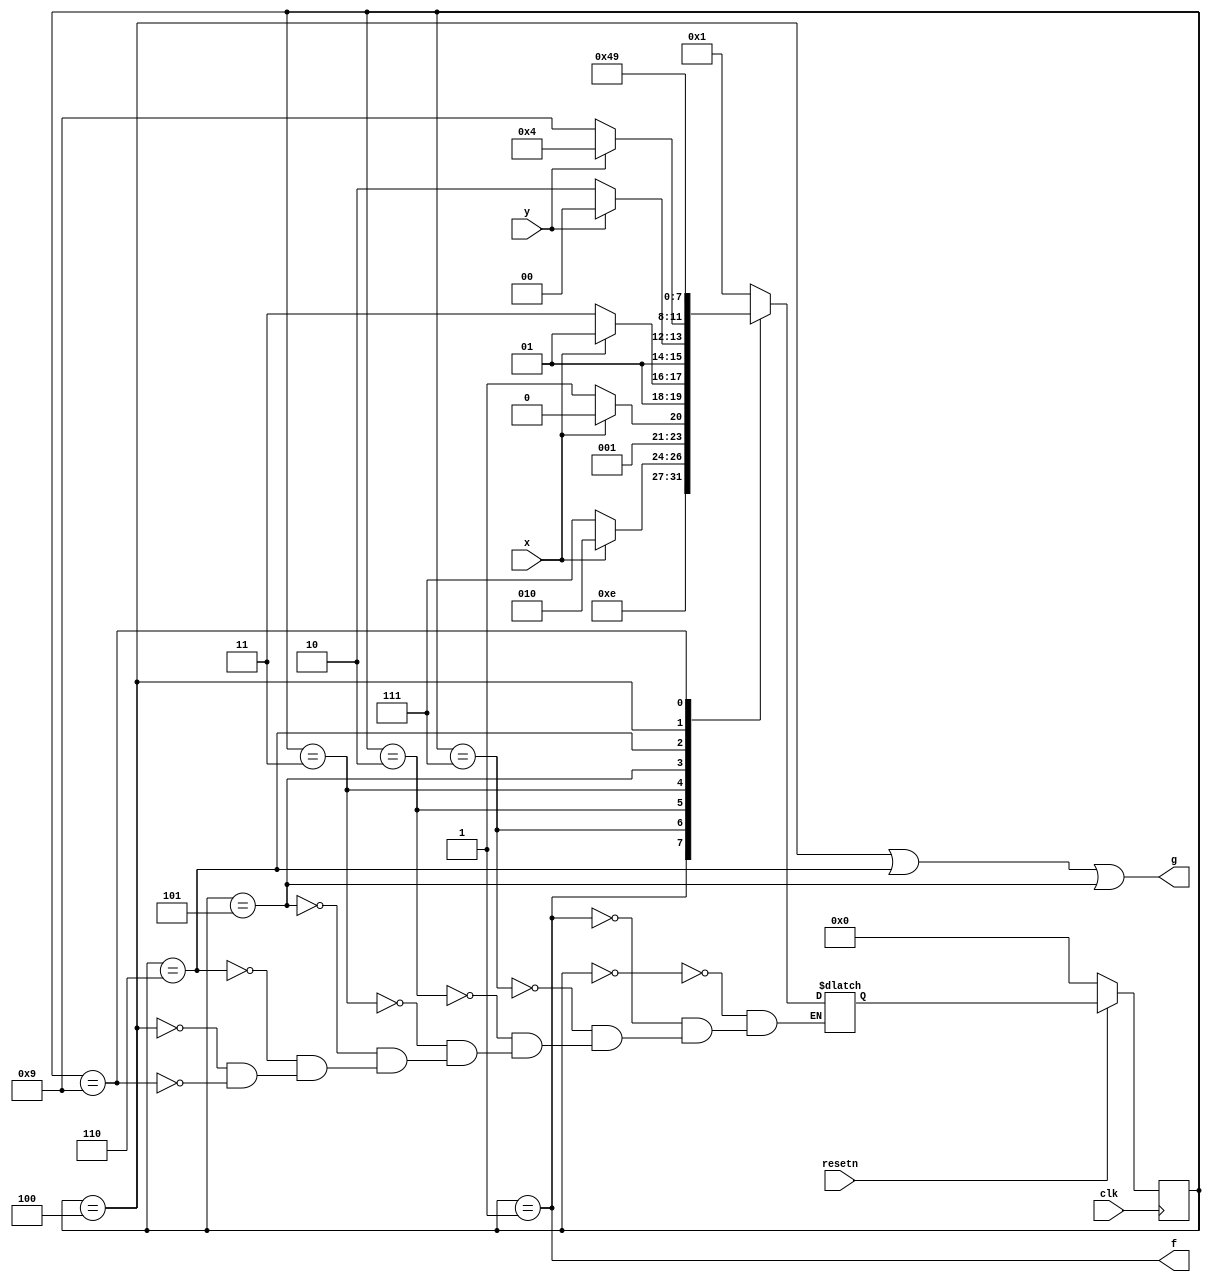
module top_module (
    input clk,
    input resetn,    // active-low synchronous reset
    input x,
    input y,
    output f,
    output g
); 

    parameter idle=0, F=1, x1=2, x2=3, keep_g1=4, G=5, y1=6, start=7, keep_g0=9;
    reg [3:0] state, next_state;
    
    always @(*) begin
        case (state)
            idle: next_state = F;
            F: next_state = start;
            start: next_state = (x) ? x1:start;
            x1: next_state = (!x) ? x2:x1;
            x2: next_state = (x) ? G:start;
            G: next_state = (y) ? keep_g1:y1;
            y1: next_state = (y) ? keep_g1:keep_g0;
            keep_g1: next_state = keep_g1;
            keep_g0: next_state = keep_g0;
        endcase
    end
    
    always @(posedge clk) begin
        state <= (!resetn) ? idle:next_state;
    end
    
    assign f = (state==F);
    assign g = (state==keep_g1) | (state==y1) | (state==G);
    
    //ref: https://blog.csdn.net/m0_46272475/article/details/121110450
    
endmodule